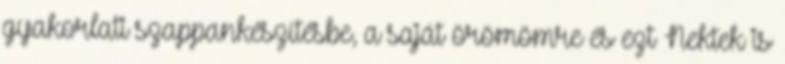
gyakorlati szappankészítésbe, a saját örömömre és ezt Nektek is